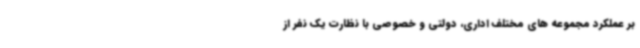
بر عملکرد مجموعه های مختلف اداری، دولتی و خصوصی با نظارت یک نفر از